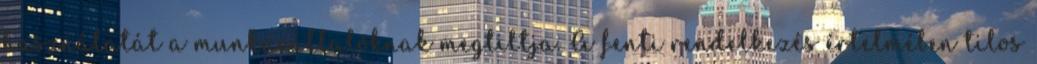
használatát a munkavállalóknak megtiltja. A fenti rendelkezés értelmében tilos